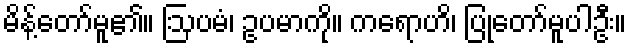
မိန့်တော်မူ၏။ ဩပမံ၊ ဥပမာကို။ ကရောဟိ၊ ပြုတော်မူပါဦး။